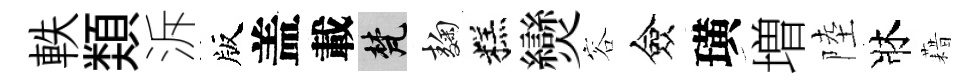
軼𩔖泝版盖載梵麹糕𤓖容僉璜増陸牀藉